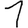
Digit: 1